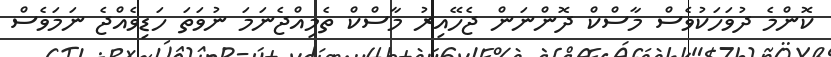
ކޮންމެ ދުވަހަކުވެސް މާސްކް ދޮންނަން ޖެހޭއިރު މާސްކް ތެމިއްޖެނަމަ ނުވަތަ ހަޑިވެއްޖެ ނަމަވެސް